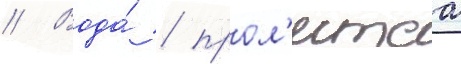
// Вода́ / прол'итаа